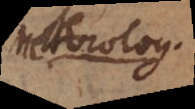
Meteorolog.